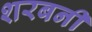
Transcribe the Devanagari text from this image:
शरबनी